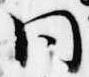
同